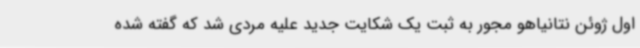
اول ژوئن نتانیاهو مجور به ثبت یک شکایت جدید علیه مردی شد که گفته شده